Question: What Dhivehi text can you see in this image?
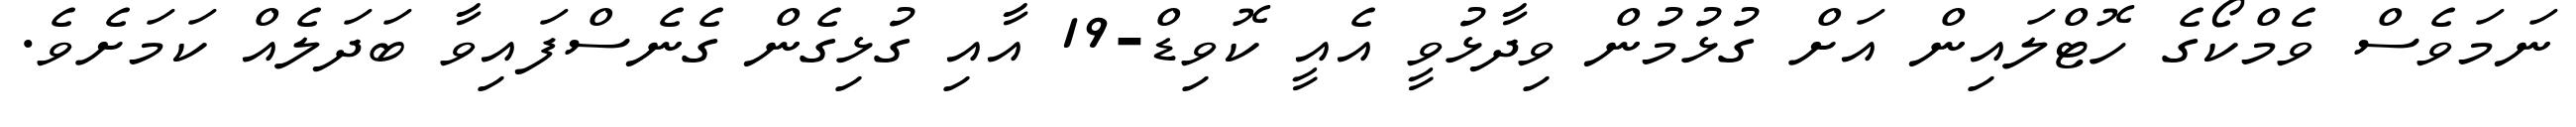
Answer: ނަމަވެސް ވެމްކޯގެ ހޮޓްލައިން އަށް ގުޅުމުން ވިދާޅުވީ އެއީ ކޮވިޑް-19 އާއި ގުޅިގެން ގެނެސްފައިވާ ބަދަލެއް ކަމަށެވެ.